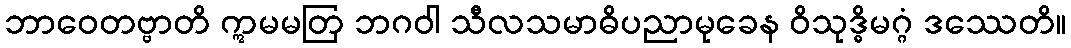
ဘာဝေတဗ္ဗာတိ ဣမမတြ ဘဂဝါ သီလသမာဓိပညာမုခေန ဝိသုဒ္ဓိမဂ္ဂံ ဒဿေတိ။